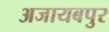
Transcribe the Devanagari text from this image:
अजायबपुर